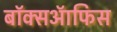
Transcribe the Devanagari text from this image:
बॉक्सऑफिस